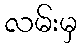
လမ်းမှ